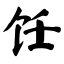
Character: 饪